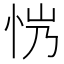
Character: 𢘏